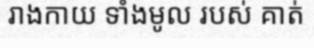
រាងកាយ ទាំងមូល របស់ គាត់